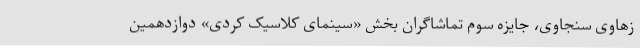
زهاوی سنجاوی، جایزه سوم تماشاگران بخش «سینمای کلاسیک کُردی» دوازدهمين